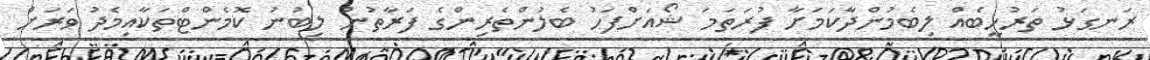
ރަނގަޅު ތަރުހީބެއް ލިބެމުންދާކަމަށާ ފުރަތަމަ ޝޯއަށްފަހު ބެލުންތެރިންގެ ފަރާތުން ލިބުނު ކޮމެންޓްތަކާއިމެދު ވަރަށް